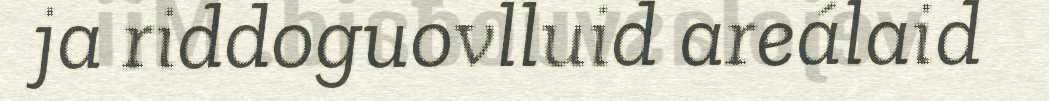
ja riddoguovlluid areálaid